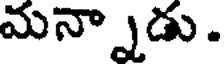
మన్నాడు.